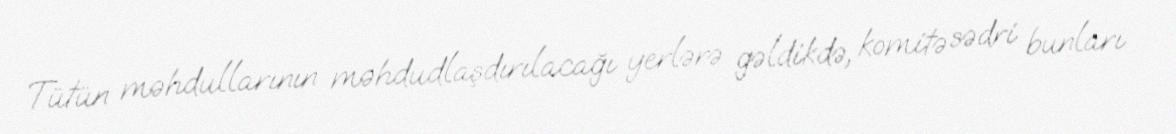
Tütün məhdullarının məhdudlaşdırılacağı yerlərə gəldikdə, komitə sədri bunları